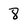
Character: 8